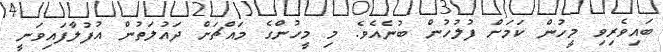
ބައިވެރިވި މީހުން ކަމަށް ފުލުހުން ބުނެއެވެ. މި މީހުންގެ މައްޗަށް ދައުލަތުން އުފުލާފައިވަނީ